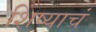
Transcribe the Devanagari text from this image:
शिष्याचं